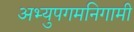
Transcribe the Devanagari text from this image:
अभ्युपगमनिगामी